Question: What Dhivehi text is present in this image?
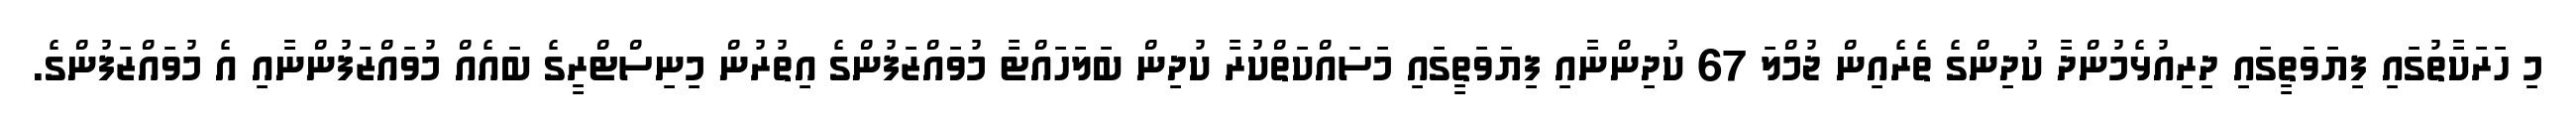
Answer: މި ހަރަކާތުގައި ފިޔަވަތީގައި ދިރިއުޅެމުންދާ ކުދިންގެ ތެރެއިން ޖުމްލަ 67 ކުދިންނާއި ފިޔަވަތީގައި މަސައްކަތްކުރާ ކުދިން ބަލަހައްޓާ މުވައްޒަފުންގެ އިތުރުން މިނިސްޓްރީގެ ބައެއް މުވައްޒަފުންނާއި އެ މުވައްޒަފުންގެ.